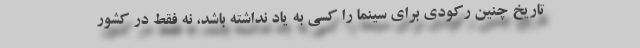
تاریخ چنین رکودی برای سینما را کسی به یاد نداشته باشد، نه فقط در کشور